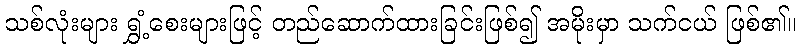
သစ်လုံးများ ရွှံ့စေးများဖြင့် တည်ဆောက်ထားခြင်းဖြစ်၍ အမိုးမှာ သက်ငယ် ဖြစ်၏။